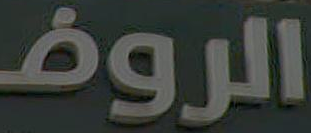
الروض